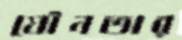
যৌনতার